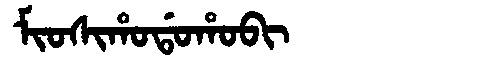
Manchu: ᠮᡳᠣᠰᡳᡥᠣᡩᠣᡥᠣᠪᡳ
Romanization: MIOSIHODOHOBI